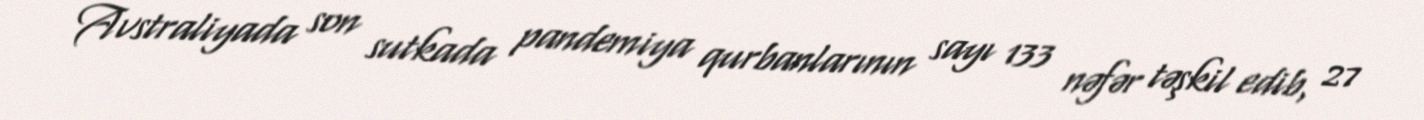
Avstraliyada son sutkada pandemiya qurbanlarının sayı 133 nəfər təşkil edib, 27